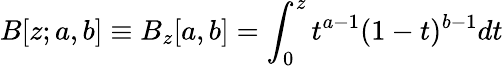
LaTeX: B[z;a,b]\equiv B_{z}[a,b]=\int_{0}^{z}t^{a-1}(1-t)^{b-1}dt